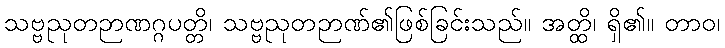
သဗ္ဗညုတဉာဏဂ္ဂပတ္တိ၊ သဗ္ဗညုတဉာဏ်၏ဖြစ်ခြင်းသည်။ အတ္ထိ၊ ရှိ၏။ တာဝ၊